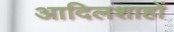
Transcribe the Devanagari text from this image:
आदिलशाहों